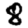
Digit: 8